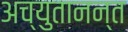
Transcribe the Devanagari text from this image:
अच्युतानन्त